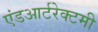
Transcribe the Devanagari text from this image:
एंडआर्टरेक्टमी